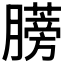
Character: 𫆼